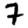
Digit: 7